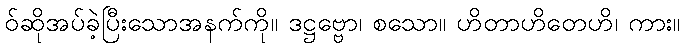
ဝ်ဆိုအပ်ခဲ့ပြီးသောအနက်ကို။ ဒဋ္ဌဗ္ဗော၊ စသော။ ဟိတာဟိတေဟိ၊ ကား။